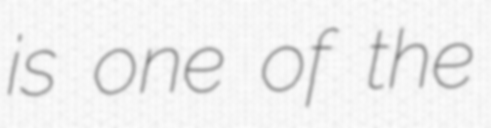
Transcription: is one of the